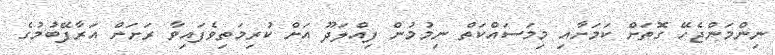
ނިންމަންޖެހޭ ގޮތަށް ކަމަށާއި މިމަސައްކަތް ނިމުމުން ފިއްލަދޫ އަށް ކުރިމަތިވެފައިވާ ރަށަށް އަރާފޭބުމުގެ